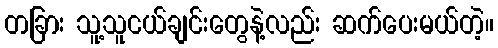
တခြား သူ့သူငယ်ချင်းတွေနဲ့လည်း ဆက်ပေးမယ်တဲ့။